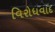
વિરોધવાદ